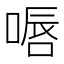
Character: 𠸸